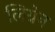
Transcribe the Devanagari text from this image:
लिग्नेन